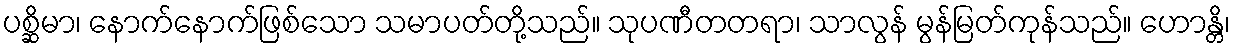
ပစ္ဆိမာ၊ နောက်နောက်ဖြစ်သော သမာပတ်တို့သည်။ သုပဏီတတရာ၊ သာလွန် မွန်မြတ်ကုန်သည်။ ဟောန္တိ၊